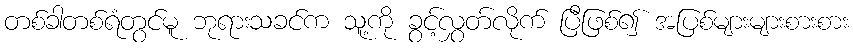
တစ်ခါတစ်ရံတွင်မူ ဘုရားသခင်က သူ့ကို ခွင့်လွှတ်လိုက် ပြီဖြစ်၍ အပြစ်များများစားစား